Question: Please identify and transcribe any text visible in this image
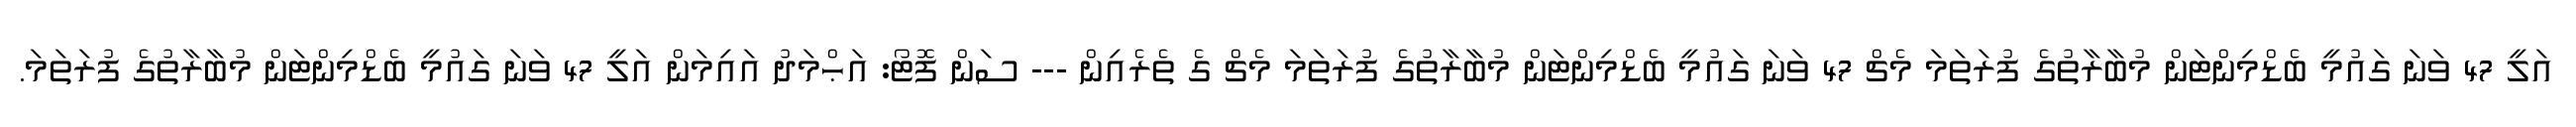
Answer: އަލީ 47 ވަނަ ގައުމީ ބެޑްމިންޓަން މުބާރާތުގެ ފުރަތަމަ މެޗް 47 ވަނަ ގައުމީ ބެޑްމިންޓަން މުބާރާތުގެ ފުރަތަމަ މެޗް ގެ ތެރެއިން --- ސަން ފޮޓޯ: އަޙްމަދު އައިމަން އަލީ 47 ވަނަ ގައުމީ ބެޑްމިންޓަން މުބާރާތުގެ ފުރަތަމަ.